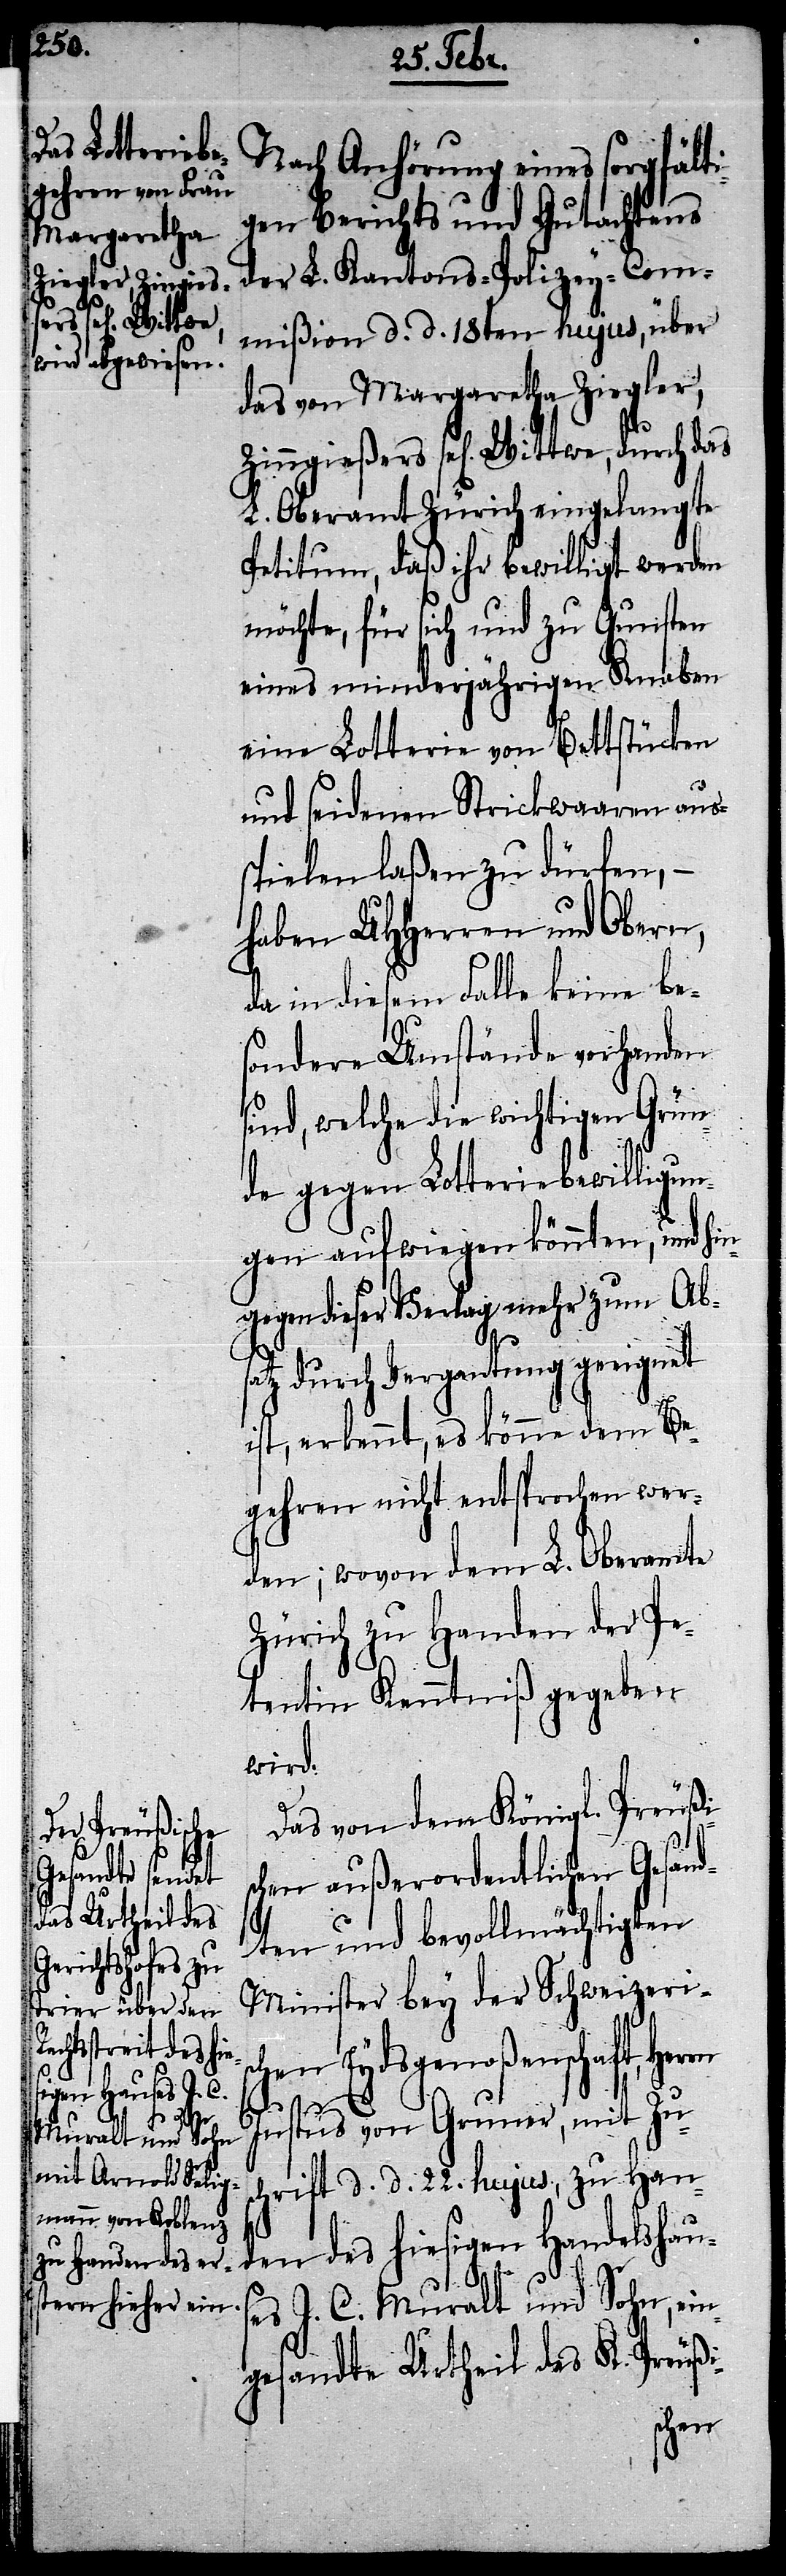
Nach Anhörung eines sorgfälti¬
gen Berichts und Gutachtens
der L. Kantons-Polizey-Com¬
mißion d. d. 18ten hujus, über
das von Margaretha Ziegler,
sel[ige] Wittwe, durch das
L. Oberamt Zürich eingelangte
Petitum, daß ihr bewilligt werden
möchte, für sich und zu Gunsten
eines minderjährigen Knaben
eine Lotterie von Bettstücken
und seidenen Strickwaaren aus¬
spielen laßen zu dürfen, –
haben UHHerren und Obern,
da in diesem Falle keine be¬
sondere Umstände vorhanden
sind, welche die wichtigen Grün¬
de gegen Lotteriebewilligun¬
gen aufwiegen könnten, und hin¬
gegen dieser Verlag mehr zum Abs¬
atz durch Vergantung geeignet
ist, erkennt, es könne dem Be¬
gehren nicht entsprochen wer¬
den; wovon dem L. Oberamte
Zürich zu Handen der Pe¬
tentin Kenntniß gegeben
wird.
Das von dem Königl. Preußi¬
chen außerordentlichen Gesand¬
rn
ten und bevollmächtigten
Minister bey der Schweizerisc¬
hen Eydsgenoßenschaft, Her¬
Justus von Gruner, mit Zus¬
chrift d. d. 22. hujus, zu Ha¬
nden des hiesigen Handelshaus¬
es J. C. Muralt und Sohn, ein¬
gesandte Urtheil des K. Preußi-